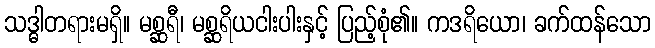
သဒ္ဓါတရားမရှိ။ မစ္ဆရီ၊ မစ္ဆရိယငါးပါးနှင့် ပြည့်စုံ၏။ ကဒရိယော၊ ခက်ထန်သော